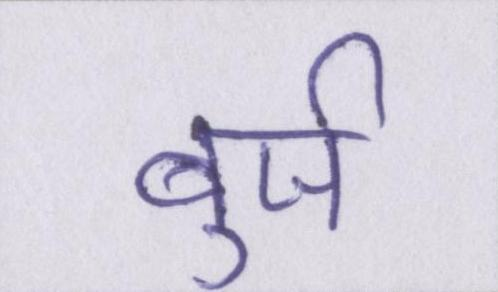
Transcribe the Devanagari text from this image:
बुर्ज